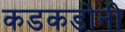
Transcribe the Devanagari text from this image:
कडकडोनी